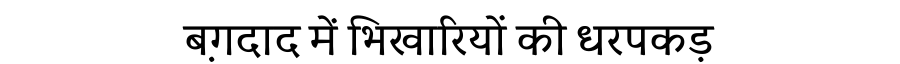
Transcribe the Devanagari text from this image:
ब़गदाद में भिखारियों की धरपकड़